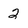
Character: 2